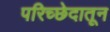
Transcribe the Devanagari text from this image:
परिच्छेदातून